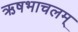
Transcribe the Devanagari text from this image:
ऋषभाचलम्